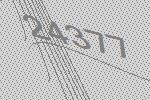
24377